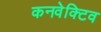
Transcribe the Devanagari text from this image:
कनवेक्टिव